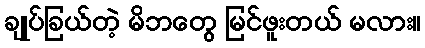
ချုပ်ခြယ်တဲ့ မိဘတွေ မြင်ဖူးတယ် မလား။